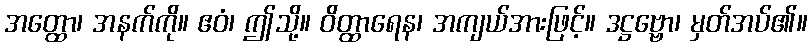
အတ္ထော၊ အနက်ကို။ ဧဝံ၊ ဤသို့။ ဝိတ္ထာရေန၊ အကျယ်အားဖြင့်။ ဒဋ္ဌဗ္ဗော၊ မှတ်အပ်၏။